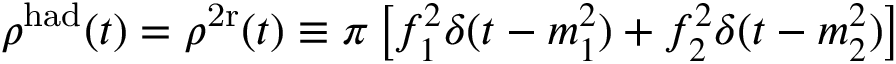
\rho ^ { \mathrm { h a d } } ( t ) = \rho ^ { \mathrm { 2 r } } ( t ) \equiv \pi \left[ f _ { 1 } ^ { 2 } \delta ( t - m _ { 1 } ^ { 2 } ) + f _ { 2 } ^ { 2 } \delta ( t - m _ { 2 } ^ { 2 } ) \right]